Report of an investigation of the epidemic of malarial fever in Assam, or, kala-azar
Disease focus: Malaria
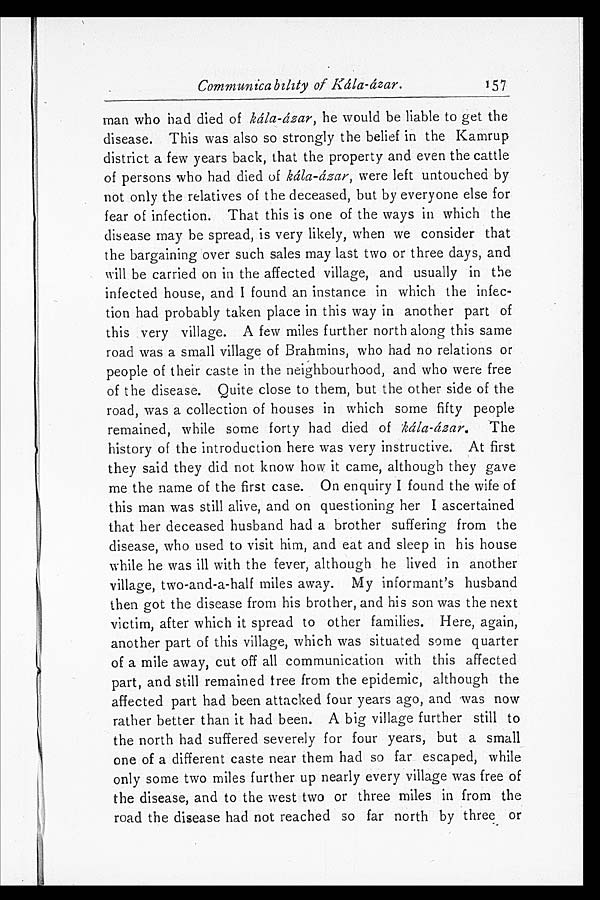
Communicability of Kála-ázar.
157
man who had died of kála-ázar, he would be liable to get the
disease. This was also so strongly the belief in the Kamrup
district a few years back, that the property and even the cattle
of persons who had died of kála-ázar, were left untouched by
not only the relatives of the deceased, but by everyone else for
fear of infection. That this is one of the ways in which the
disease may he spread, is very likely, when we consider that
the bargaining over such sales may last two or three days, and
will be carried on in the affected village, and usually in the
infected house, and I found an instance in which the infec
- t i o n h a d p r o b a b l y t a k e n p l a c e i n t h i s w a y i n a n o t h e r p a r t o f
this very village. A few miles further north along this same
road was a small village of Brahmins, who had no relations or
people of their caste in the neighbourhood, and who were free
of the disease. Quite close to them, but the other side of the
road, was a collection of houses in which some fifty people
remained, while some forty had died of kála-ázar. The
history of the introduction here was very instructive. At first
they said they did not know how it came, although they gave
me the name of the first case. On enquiry I found the wife of
this man was still alive, and on questioning her I ascertained
that her deceased husband had a brother suffering from the
disease, who used to visit him, and eat and sleep in his house
while he was ill with the fever, although he lived in another
village, two-and-a-half miles away. My informant's husband
then got the disease from his brother, and his son was the next
victim, after which it spread to other families. Here, again,
another part of this village, which was situated some quarter
of a mile away, cut off all communication with this affected
part, and still remained tree from the epidemic, although the
affected part had been attacked four years ago, and was now
rather better than it had been. A big village further still to
the north had suffered severely for four years, but a small
one of a different caste near them had so far escaped, while
only some two miles further up nearly every village was free of
the disease, and to the west two or three miles in from the
road the disease had not reached so far north by three or